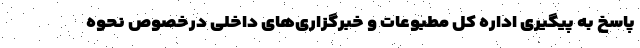
پاسخ به پیگیری‌ اداره کل مطبوعات و خبرگزاری‌های داخلی درخصوص نحوه